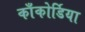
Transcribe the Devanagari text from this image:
काँकोर्डिया